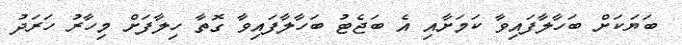
ބަޔަކަށް ބަހާލާފައިވާ ކަމަށާއި އެ ބަޖެޓު ބަހާލާފައިވާ ގޮތާ ހިލާފަށް މިހާރު ހަރަދު